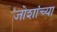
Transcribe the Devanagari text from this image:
जोशांच्या